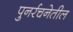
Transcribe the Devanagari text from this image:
पुनर्रचनेतील